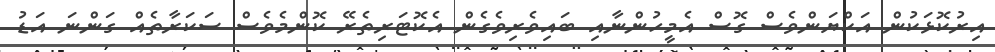
އިރުކޮޅަކުން އަކްޔަންވެސް ގޮސް އެމީހުންނާއި ބައިވެރިވެގެން އެކޮޓަރިތެރޭ ކޮންމެވެސް ސަކަރާތެއް ގަންނަ އަޑު